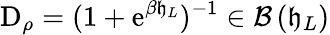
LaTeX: \mathrm{D}_{\rho}=(1+\mathrm{e}^{\beta\mathfrak{h}_{L}})^{-1}\in\mathcal{B}\left(\mathfrak{h}_{L}\right)